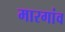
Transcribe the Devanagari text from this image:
मारगांव